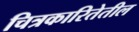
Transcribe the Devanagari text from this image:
चित्रकारितेतील